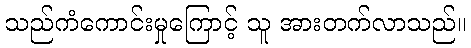
သည်ကံကောင်းမှုကြောင့် သူ အားတက်လာသည်။